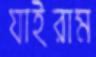
যাইরাম